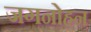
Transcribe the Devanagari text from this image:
जगनोहन